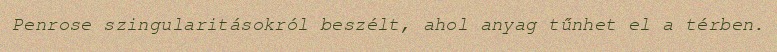
Penrose szingularitásokról beszélt, ahol anyag tűnhet el a térben.